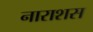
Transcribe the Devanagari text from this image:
नाराशस